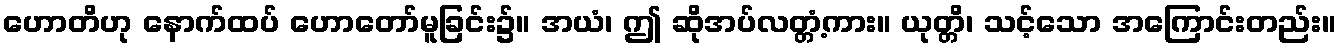
ဟောတိဟု နောက်ထပ် ဟောတော်မူခြင်း၌။ အယံ၊ ဤ ဆိုအပ်လတ္တံ့ကား။ ယုတ္တိ၊ သင့်သော အကြောင်းတည်း။